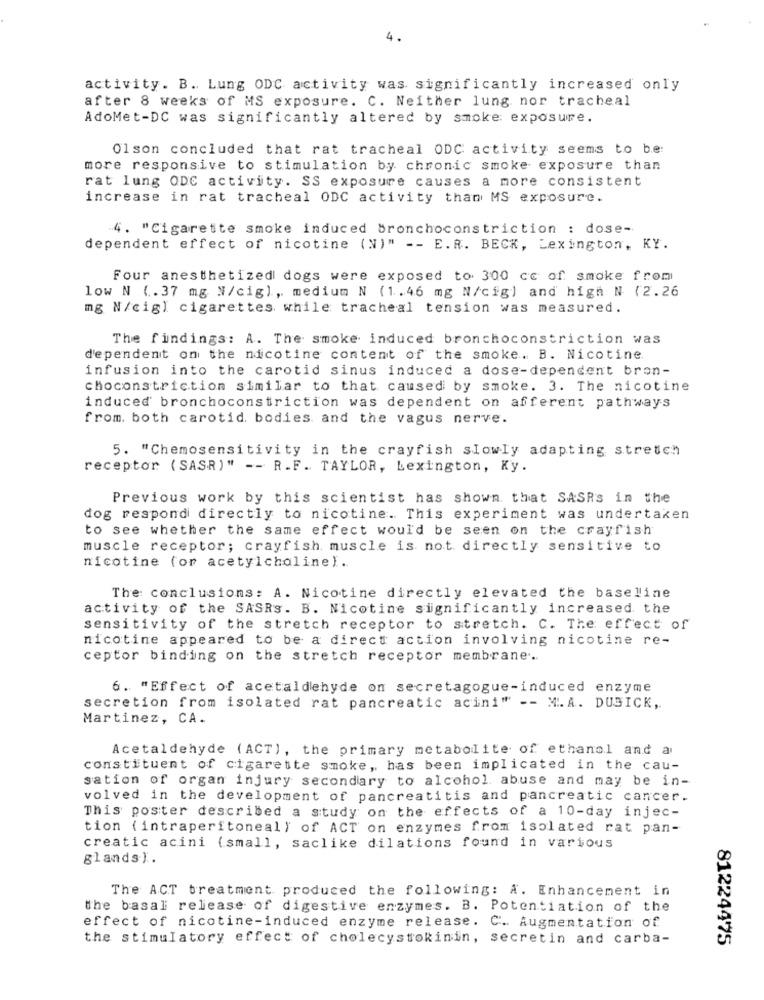
4.
activity. B. Lung ODC activity was significantly increased only
after 8 weeks of MS exposure. C. Neither lung nor tracheal
AdoMet-DC was significantly altered by smoke: exposure.
Olson concluded that rat tracheal ODC activity seems to be:
more responsive to stimulation by chronic smoke exposure than
rat lung ODC activity. SS exposure causes a more consistent
increase in rat tracheal ODC activity than MS exposure.
4. "Cigarette smoke induced bronchoconstriction : dose-
dependent effect of nicotine (N)" -- E.R. BECK, Lexington, KY.
Four anesthetized dogs were exposed to 300 cc of smoke from
low N (. 37 mg N/cig), medium N (1.46 mg N/cig) and high N (2.26
mg N/cigl cigarettes while tracheal tension was measured.
The findings: A. The smoke induced bronchoconstriction was
dependent on the nicotine content of the smoke. B. Nicotine
infusion into the carotid sinus induced a dose-dependent bron-
choconstriction similar to that caused by smoke. 3. The nicotine
induced bronchoconstriction was dependent on afferent pathways
from. both carotid. bodies and the vagus nerve.
5. "Chemosensitivity in the crayfish slowly adapting stretch
receptor (SASR)" -- R.F. TAYLOR, Lexington, Ky.
Previous work by this scientist has shown that SASRs in the
dog respond directly to nicotine. This experiment was undertaken
to see whether the same effect would be seen on the crayfish
muscle receptor; crayfish muscle is not directly sensitive to
nicotine (or acetylcholine).
The conclusions: A. Nicotine directly elevated the baseline
activity of the SASRs. B. Nicotine significantly increased the
sensitivity of the stretch receptor to stretch. C. The effect of
nicotine appeared to be a direct action involving nicotine re-
ceptor binding on the stretch receptor membrane ...
6. "Effect of acetaldehyde on secretagogue-induced enzyme
secretion from isolated rat pancreatic acini" -- M.A. DUSICK,
Martinez, CA.
Acetaldehyde (ACT), the primary metabolite of ethanol and a
constituent of cigarette smoke, has been implicated in the cau-
sation of organ injury secondary to alcohol abuse and may be in-
volved in the development of pancreatitis and pancreatic cancer.
This poster described a study on the effects of a 10-day injec-
tion (intraperitoneal) of ACT on enzymes from isolated rat pan-
creatic acini (small, saclike dilations found in various
glands).
The ACT treatment produced the following: A. Enhancement in
the basal release of digestive enzymes. B. Potentiation of the
effect of nicotine-induced enzyme release. C. Augmentation of
the stimulatory effect of cholecystokinin, secretin and carba-
81224475